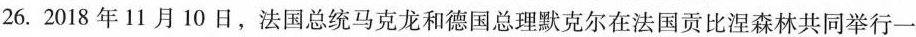
26.2018年11月10日，法国总统马克龙和德国总理默克尔在法国贡比涅森林共同举行一